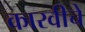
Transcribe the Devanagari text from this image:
कारवीचे